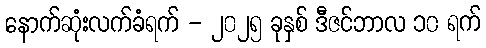
နောက်ဆုံးလက်ခံရက် - ၂၀၂၅ ခုနှစ် ဒီဇင်ဘာလ ၁၀ ရက်